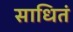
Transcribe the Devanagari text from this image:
साधितं